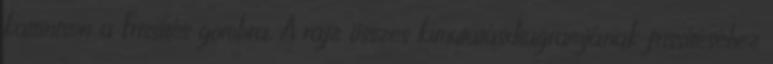
kattintson a Frissítés gombra. A rajz összes kimutatásdiagramjának frissítéséhez